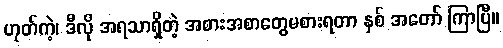
ဟုတ်ကဲ့၊ ဒီလို အရသာရှိတဲ့ အစားအစာတွေမစားရတာ နှစ် အတော် ကြာပြီ။